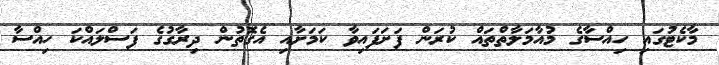
މާކެޓުގައި ހިއްސާގެ މުއާމަލާތްތައް ކުރަން ފަށަފައިވާ ކަމަށާއި އެގޮތުން ދިރާގުގެ ފަސްލައްކަ ހިއްސާ